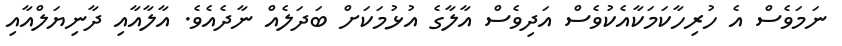
ނަމަވެސް އެ ހުރިހާކަމަކާއެކުވެސް އަދިވެސް އާލާގެ އުޅުމަކަށް ބަދަލެއް ނާދެއެވެ. އާލާއާއި ދާނިޔަލްއާއި